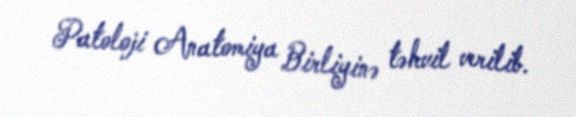
Patoloji Anatomiya Birliyinə təhvil verilib.